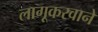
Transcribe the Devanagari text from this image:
लागूकरवाने